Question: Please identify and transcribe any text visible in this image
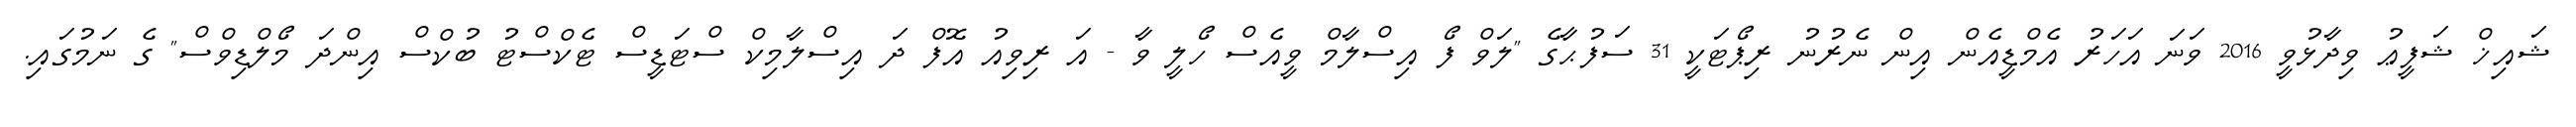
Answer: ޝައިޚް ޝަފީޢު ވިދާޅުވީ 2016 ވަނަ އަހަރު އެމްޑީއެން އިން ނެރުނު ރިޕޯޓަކީ 31 ސަފުޙާގެ "ލަވް ފޯ އިސްލާމް ވީއެސް ހޯލީ ވާ - އަ ރިވިއު އޮފް ދަ އިސްލާމިކް ސްޓަޑީސް ޓެކްސްޓު ބުކްސް އިންދަ މޯލްޑިވްސް" ގެ ނަމުގައި.